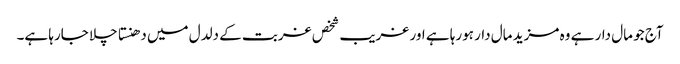
آج جو مال دار ہے وہ مزید مال دار ہورہا ہے اور غریب شخص غربت کے دلدل میں دھنستا چلا جارہا ہے۔